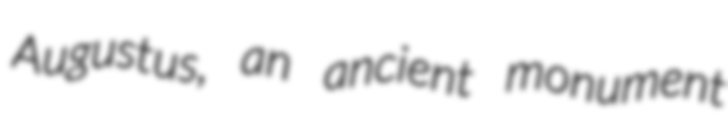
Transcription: Augustus, an ancient monument